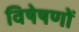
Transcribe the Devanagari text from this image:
विषेषणों